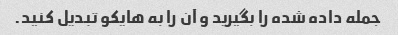
جمله داده شده را بگیرید و آن را به هایکو تبدیل کنید.